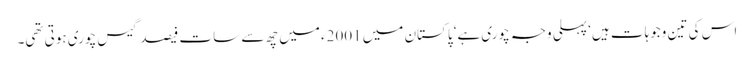
اس کی تین وجوہات ہیں‘ پہلی وجہ چوری ہے‘ پاکستان میں 2001ء میں چھ سے سات فیصد گیس چوری ہوتی تھی۔